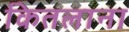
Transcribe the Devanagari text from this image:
कितलाना